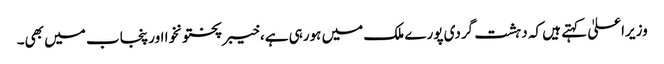
وزیراعلیٰ کہتے ہیں کہ دہشت گردی پورے ملک میں ہورہی ہے، خیبرپختونخوا اور پنجاب میں بھی۔